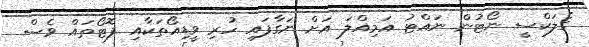
ގެލަކްސީ ނޯޓުން ނައްޓު އަމިއްލަ އަށް ނަގާފައި ހުރި ވީޑިއޯތަކާއި ފޮޓޯތައް ވެސް